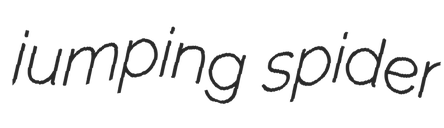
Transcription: jumping spider